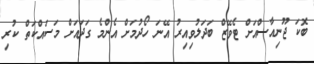
ބޮކަ ޖޫނިއާސްއަށް ޓެވޭޒް ބަދަލުވިއިރު އޭނަ ހޯދުމަށް އެންމެ ގަދައަށް މަސައްކަތް ކުރި